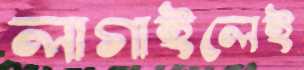
লাগাইলেই